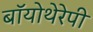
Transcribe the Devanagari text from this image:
बॉयोथेरेपी